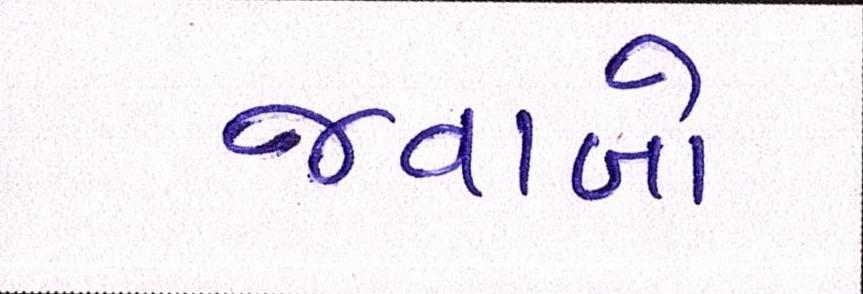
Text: જવાબો